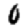
Digit: 0